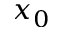
x _ { 0 }